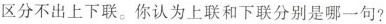
区分不出上下联。你认为上联和下联分别是哪一句?